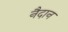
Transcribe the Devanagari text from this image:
नैदान